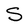
Character: S